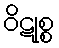
ဝိဋုစ္စ